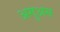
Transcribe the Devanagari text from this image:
अगुअस